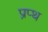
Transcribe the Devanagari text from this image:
प्रप्थ